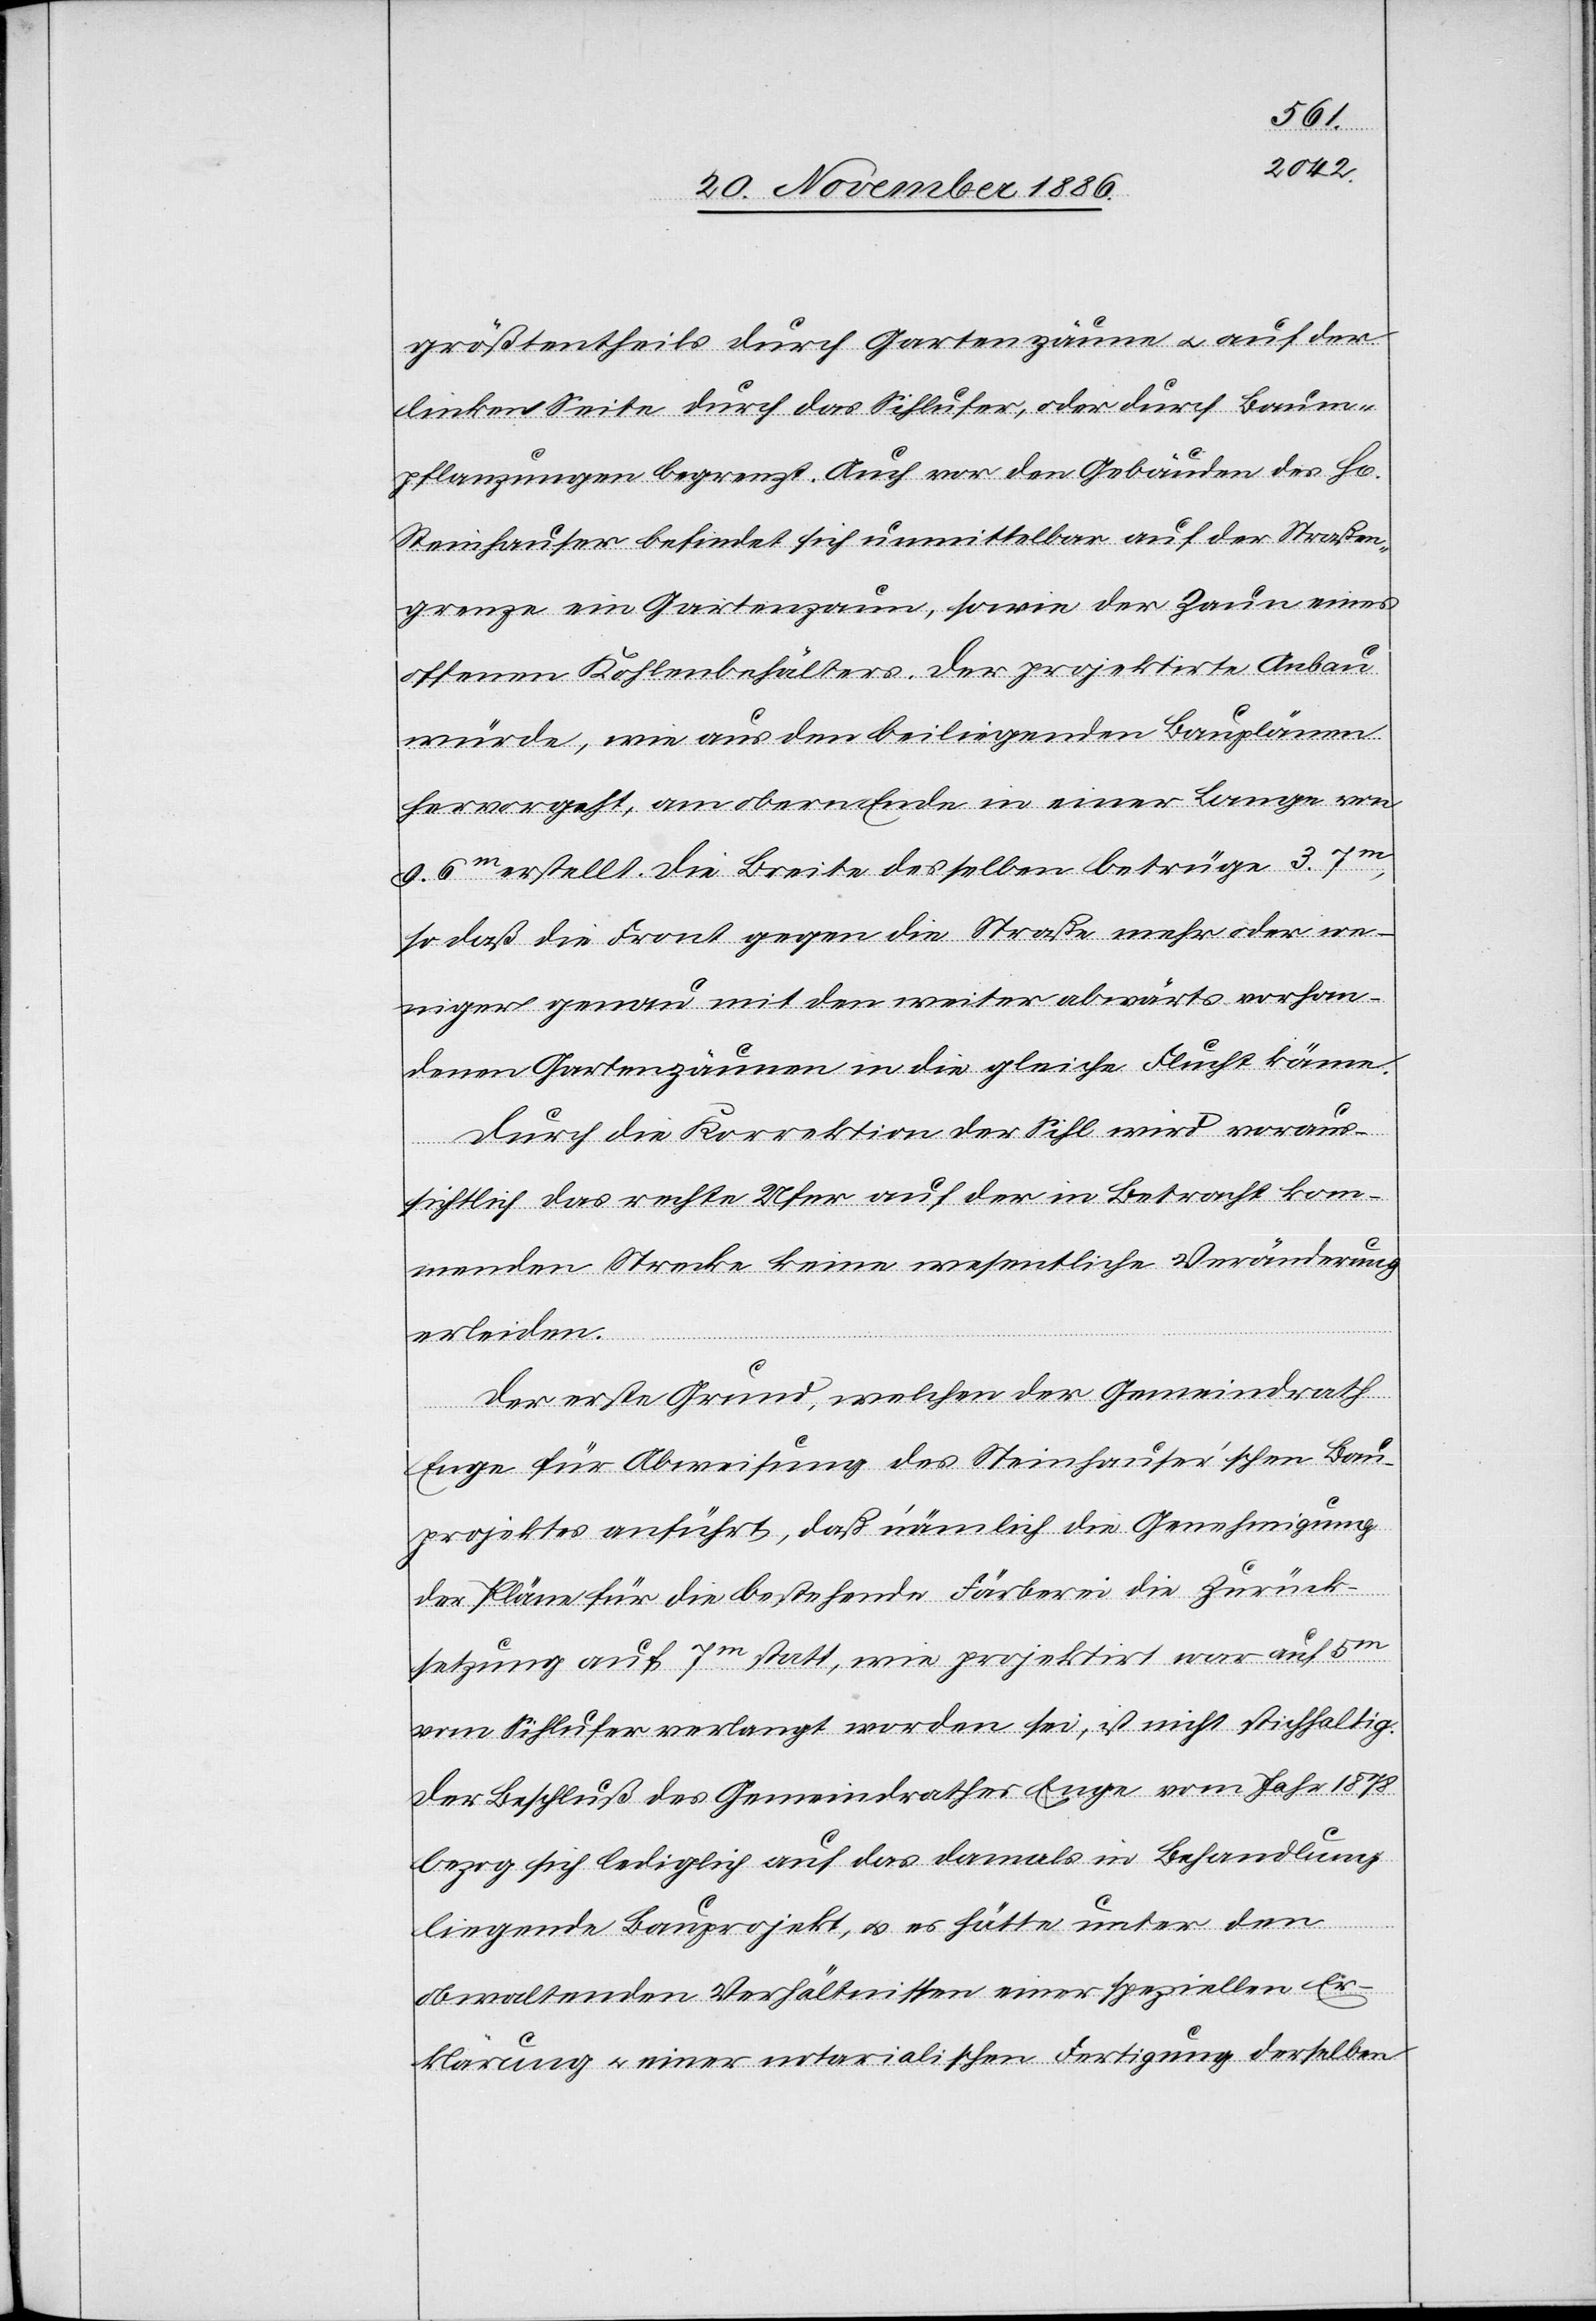
größtentheils durch Gartenzäune & auf der
linken Seite durch das Sihlufer, oder durch Baum¬
pflanzungen begrenzt. Auch vor den Gebäuden des H[e¬
Steinhauser befindet sich unmittelbar auf der Straßen¬
grenze ein Gartenzaum, sowie der Zaun eines
offenen Kohlenbehälters. Der projektirte Anbau
würde, wie aus den beiliegenden Bauplänen
hervorgeht, am obern Ende in einer Lange
9.6m erstellt. Die Breite desselben betrüge 3.7m,
so daß die Front gegen die Straße mehr oder we¬
niger genau mit den weiter abwärts vorhan¬
denen Gartenzäunen in die gleiche Flucht käme.
Durch die Korrektion der Sihl wird voraus¬
sichtlich das rechte Ufer auf der in Betracht kom¬
menden Strecke keine wesentliche Veränderung
erleiden.
Der erste Grund, welchen der Gemeindrath
Enge für Abweisung des Steinhauser’schen Bau¬
projektes anführt, daß nämlich die Genehmigung
der Pläne für die bestehende Färberei die Zurück¬
setzung auf 7m statt, wie projektirt war auf 5m
vom Sihlufer verlangt worden sei [sic!], ist nicht stichhaltig.
Der Beschluß des Gemeindrathes Enge vom Jahr 1878
bezog sich lediglich auf das damals in Behandlung
rrn]
liegende Bauprojekt, & es hätte unter den
obwaltenden Verhältnissen einer speziellen Er¬
klärung & einer notarialischen Fertigung derselben